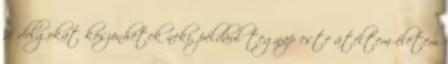
jó dolgokat köszönhetek neki, például tegnap este átéltem életem